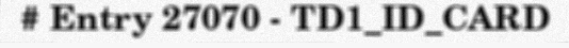
# Entry 27070 - TD1_ID_CARD